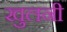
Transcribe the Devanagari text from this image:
खुलनी